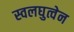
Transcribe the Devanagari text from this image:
स्वलघुत्वेन